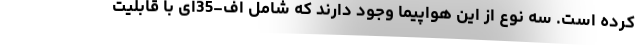
کرده است. سه نوع از این هواپیما وجود دارند که شامل اف-35ای با قابلیت